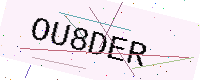
Text: OU8DER